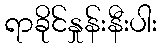
ရာခိုင်နှုန်းနီးပါး